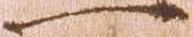
一